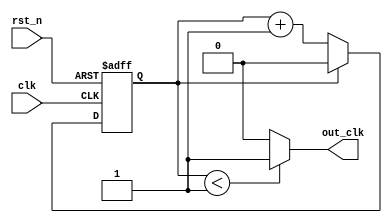
module even_divide(
    input clk,
    input rst_n,

    output out_clk
    );
parameter DIVISION = 2;
parameter WIDTH = $clog2(DIVISION/2 + 1);

reg[WIDTH-1:0] cnt;
always @ (posedge clk or negedge rst_n) begin
    if (rst_n==1'b0) begin
        cnt <= 0;
    end
    else if (add_cnt) begin
        if (end_cnt)
            cnt <= 0;
        else
            cnt <= cnt + 1'b1;
    end
end

assign add_cnt = 1;
assign end_cnt = add_cnt && cnt == DIVISION - 1;

assign out_clk = (add_cnt && cnt < DIVISION/2)? 1 : 0;

endmodule